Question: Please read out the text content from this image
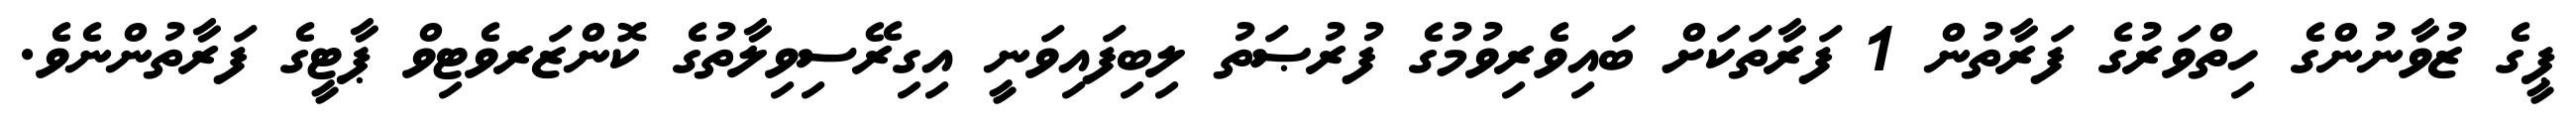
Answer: ޕީގެ ޒުވާނުންގެ ހިތްވަރުގެ ފަރާތުން 1 ފަރާތަކަށް ބައިވެރިވުމުގެ ފުރުޞަތު ލިބިފައިވަނީ އިގިރޭސިވިލާތުގެ ކޮންޒަރވެޓިވް ޕާޓީގެ ފަރާތުންނެވެ.